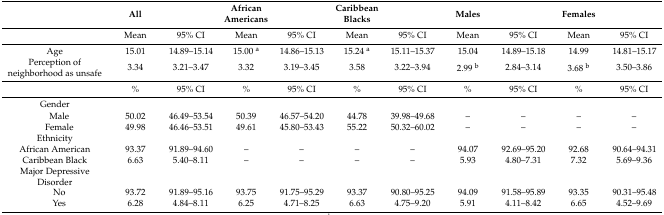
|  | All |  | African Americans |  | Caribbean Blacks |  | Males |  | Females |  |
 | --- | --- | --- | --- | --- | --- | --- | --- | --- | --- | --- |
 |  | Mean | 95% CI | Mean | 95% CI | Mean | 95% CI | Mean | 95% CI | Mean | 95% CI |
 | Age | 15.01 | 14.89–15.14 | 15.00 a | 14.86–15.13 | 15.24 a | 15.11–15.37 | 15.04 | 14.89–15.18 | 14.99 | 14.81–15.17 |
 | Perception of neighborhood as unsafe | 3.34 | 3.21–3.47 | 3.32 | 3.19–3.45 | 3.58 | 3.22–3.94 | 2.99 b | 2.84–3.14 | 3.68 b | 3.50–3.86 |
 |  | % | 95% CI | % | 95% CI | % | 95% CI | % | 95% CI | % | 95% CI |
 | Gender |  |  |  |  |  |  |  |  |  |  |
 | Male | 50.02 | 46.49–53.54 | 50.39 | 46.57–54.20 | 44.78 | 39.98–49.68 | – | – | – | – |
 | Female | 49.98 | 46.46–53.51 | 49.61 | 45.80–53.43 | 55.22 | 50.32–60.02 | – | – | – | – |
 | Ethnicity |  |  |  |  |  |  |  |  |  |  |
 | African American | 93.37 | 91.89–94.60 | – | – | – | – | 94.07 | 92.69–95.20 | 92.68 | 90.64–94.31 |
 | Caribbean Black | 6.63 | 5.40–8.11 | – | – | – | – | 5.93 | 4.80–7.31 | 7.32 | 5.69–9.36 |
 | Major Depressive Disorder |  |  |  |  |  |  |  |  |  |  |
 | No | 93.72 | 91.89–95.16 | 93.75 | 91.75–95.29 | 93.37 | 90.80–95.25 | 94.09 | 91.58–95.89 | 93.35 | 90.31–95.48 |
 | Yes | 6.28 | 4.84–8.11 | 6.25 | 4.71–8.25 | 6.63 | 4.75–9.20 | 5.91 | 4.11–8.42 | 6.65 | 4.52–9.69 |